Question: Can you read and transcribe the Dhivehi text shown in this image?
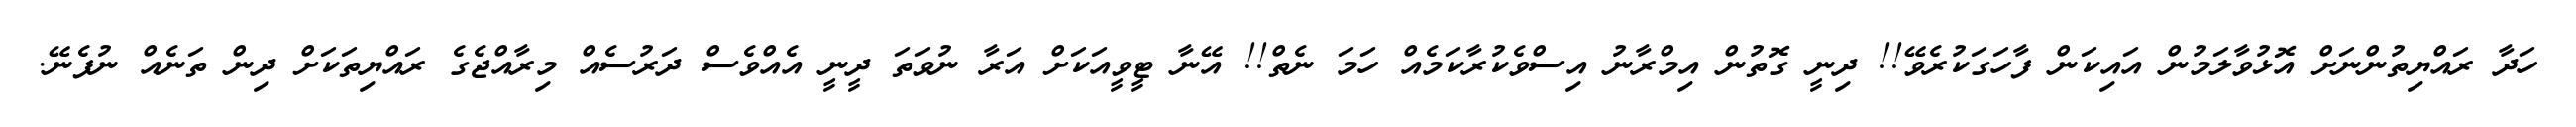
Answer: ހަދާ ރައްޔިތުންނަށް އޮޅުވާލަމުން އައިކަން ފާހަގަކުރެވޭ!! ދިނީ ގޮތުން އިމްރާނު އިސްވެކުރާކަމެއް ހަމަ ނެތް!! އޭނާ ޓީވީއަކަށް އަރާ ނުވަތަ ދީނީ އެއްވެސް ދަރުސެއް މިރާއްޖެގެ ރައްޔިތަކަށް ދިން ތަނެއް ނުފެނޭ.